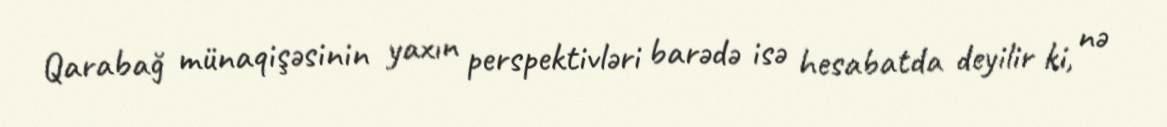
Qarabağ münaqişəsinin yaxın perspektivləri barədə isə hesabatda deyilir ki, nə